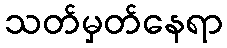
သတ်မှတ်နေရာ